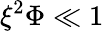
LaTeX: \xi^{2}\Phi\ll 1